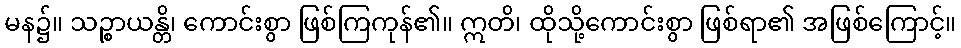
မန၌။ သဉ္စာယန္တိ၊ ကောင်းစွာ ဖြစ်ကြကုန်၏။ ဣတိ၊ ထိုသို့ကောင်းစွာ ဖြစ်ရာ၏ အဖြစ်ကြောင့်။